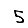
Digit: 5